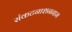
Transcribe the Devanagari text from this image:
संकटनाशननाम